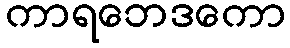
ကာရဘေဒကော